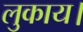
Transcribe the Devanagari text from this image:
लुकाय।